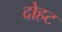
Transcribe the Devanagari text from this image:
दोहट